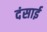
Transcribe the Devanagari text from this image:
दंसाई